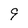
Character: 9